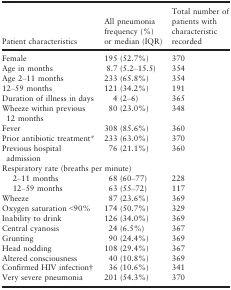
<table><thead><tr><td><b>Patient characteristics</b></td><td><b>All pneumonia frequency (%) or median (IQR)</b></td><td><b>Total number of patients with characteristic recorded</b></td></tr></thead><tbody><tr><td>Female</td><td>195 (52.7%)</td><td>370</td></tr><tr><td>Age in months</td><td>8.7 (5.2–15.5)</td><td>354</td></tr><tr><td>Age 2–11 months</td><td>233 (65.8%)</td><td>354</td></tr><tr><td>12–59 months</td><td>121 (34.2%)</td><td>191</td></tr><tr><td>Duration of illness in days</td><td>4 (2–6)</td><td>365</td></tr><tr><td>Wheeze within previous 12 months</td><td>80 (23.0%)</td><td>348</td></tr><tr><td>Fever</td><td>308 (85.6%)</td><td>360</td></tr><tr><td>Prior antibiotic treatment*</td><td>233 (63.0%)</td><td>370</td></tr><tr><td>Previous hospital admission</td><td>76 (21.1%)</td><td>360</td></tr><tr><td colspan="3">Respiratory rate (breaths per minute)</td></tr><tr><td>2–11 months</td><td>68 (60–77)</td><td>228</td></tr><tr><td>12–59 months</td><td>63 (55–72)</td><td>117</td></tr><tr><td>Wheeze</td><td>87 (23.6%)</td><td>369</td></tr><tr><td>Oxygen saturation &lt;90%</td><td>174 (50.7%)</td><td>329</td></tr><tr><td>Inability to drink</td><td>126 (34.0%)</td><td>369</td></tr><tr><td>Central cyanosis</td><td>24 (6.5%)</td><td>367</td></tr><tr><td>Grunting</td><td>90 (24.4%)</td><td>369</td></tr><tr><td>Head nodding</td><td>108 (29.4%)</td><td>367</td></tr><tr><td>Altered consciousness</td><td>40 (10.8%)</td><td>369</td></tr><tr><td>Confirmed HIV infection†</td><td>36 (10.6%)</td><td>341</td></tr><tr><td>Very severe pneumonia</td><td>201 (54.3%)</td><td>370</td></tr></tbody></table>